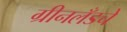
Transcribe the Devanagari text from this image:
ग्रीनलँडचे